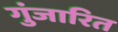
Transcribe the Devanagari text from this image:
गुंजारित